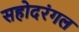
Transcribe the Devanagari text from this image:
सहोदरंगल